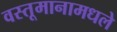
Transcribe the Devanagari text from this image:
वस्तूमानामधले